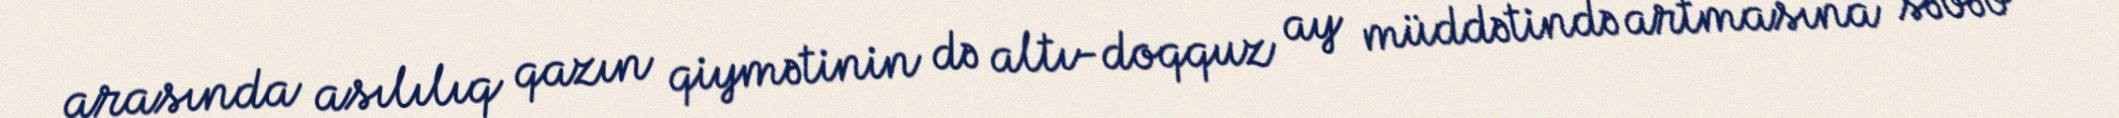
arasında asılılıq qazın qiymətinin də altı-doqquz ay müddətində artmasına səbəb